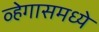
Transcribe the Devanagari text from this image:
व्हेगासमध्ये